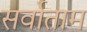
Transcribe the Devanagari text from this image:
सर्वोताम